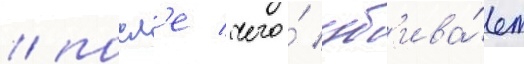
/ посл'е чего́ уб'ива́ет